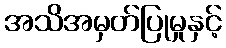
အသိအမှတ်ပြုမှုနှင့်